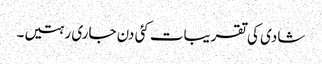
شادی کی تقریبات کئی دن جاری رہتیں۔